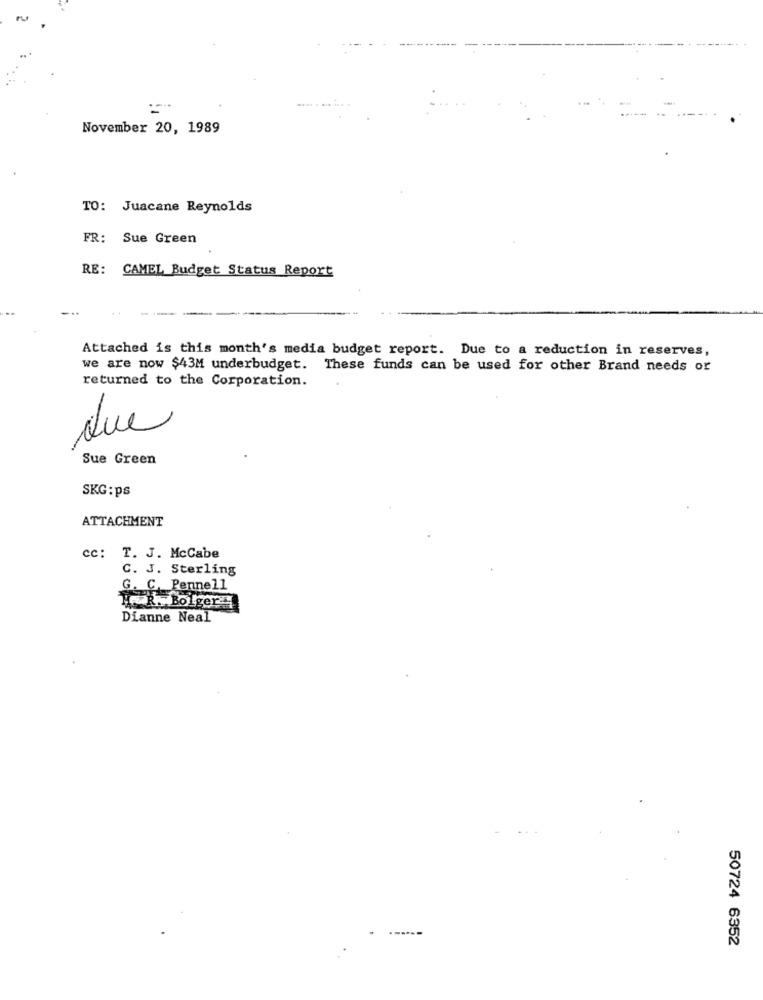
November 20, 1989
TO: Juacane Reynolds
FR:
Sue Green
RE:
CAMEL Budget Status Report
---
Attached is this month's media budget report. Due to a reduction in reserves,
we are now $43M underbudget. These funds can be used for other Brand needs or
returned to the Corporation.
Que
Sue Green
SKG:ps
ATTACHMENT
cc: T. J. McCabe
C. J. Sterling
G. C. Pennell
HR. Bolger 4
Dianne Neal
50724 6352